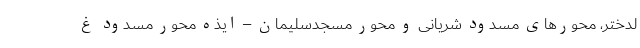
لدختر، محورهای مسدود شریانی و محور مسجدسلیمان – ایذه محور مسدود غ